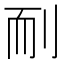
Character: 𦓎